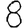
Digit: 8